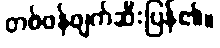
တစ်ဖန်ဖျက်ဆီးပြန်၏။